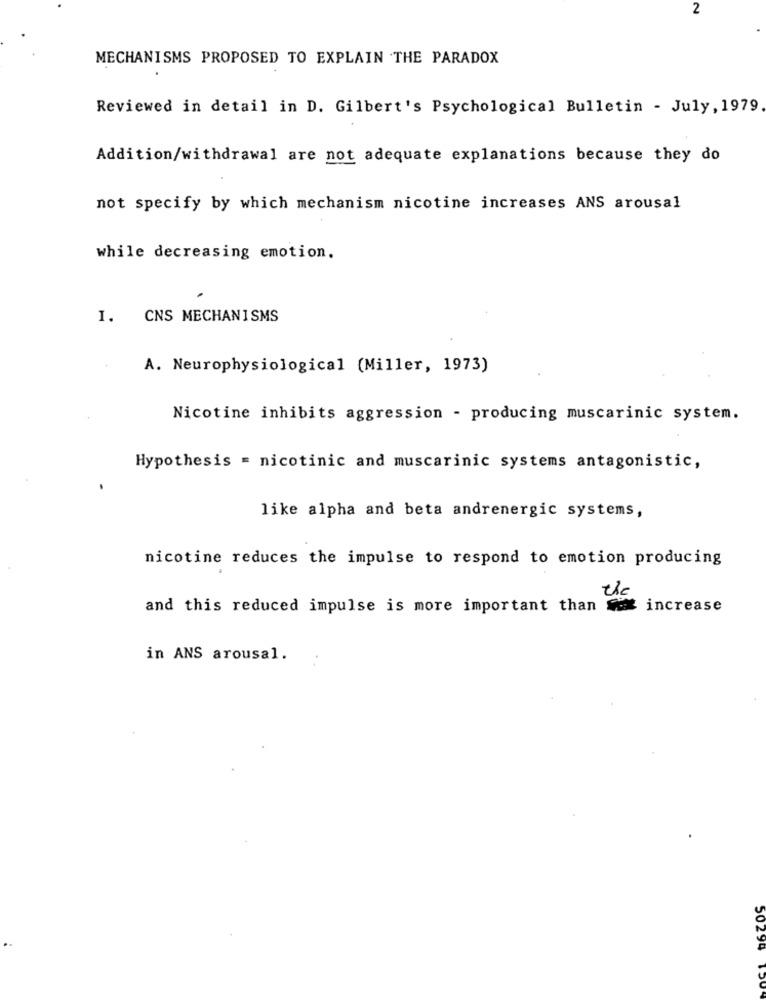
2
MECHANISMS PROPOSED TO EXPLAIN THE PARADOX
Reviewed in detail in D. Gilbert's Psychological Bulletin - July, 1979
Addition/withdrawal are not adequate explanations because they do
not specify by which mechanism nicotine increases ANS arousal
while decreasing emotion.
I. CNS MECHANISMS
A. Neurophysiological (Miller, 1973)
Nicotine inhibits aggression - producing muscarinic system.
Hypothesis = nicotinic and muscarinic systems antagonistic,
like alpha and beta andrenergic systems,
nicotine reduces the impulse to respond to emotion producing
the
and this reduced impulse is more important than x increase
in ANS arousal.
50294 150